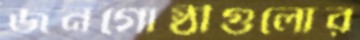
জনগোষ্ঠীগুলোর